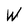
Character: W